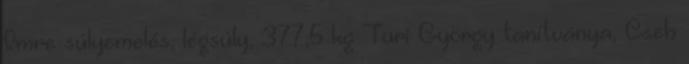
Imre súlyemelés, légsúly, 377,5 kg Turi György tanítványa, Cseh